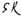
Text: SR